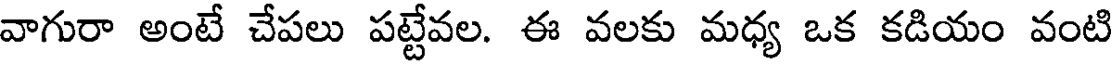
వాగురా అంటే చేపలు పట్టేవల. ఈ వలకు మధ్య ఒక కడియం వంటి